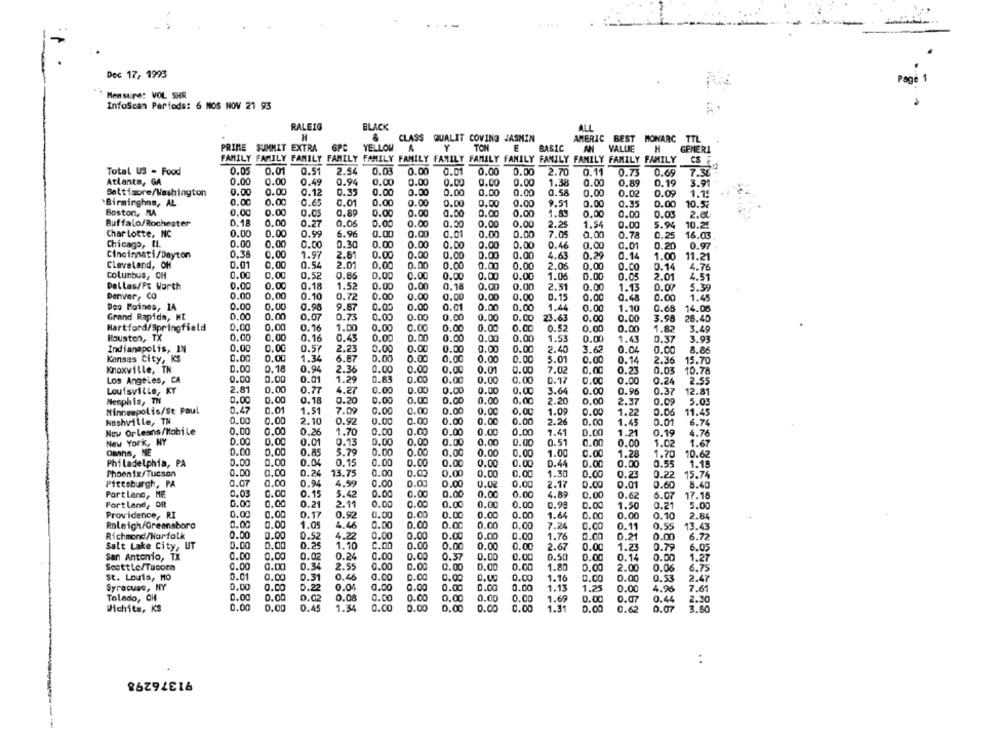
.....
Dec 17, 1993
Page
Mensure: VOL SHR
Infoscan Periods: 6 MOS NOV 21 93
RALEIG
BLACK
ALL
H
&
CLASS QUALIT COVING JASMIN
AMERIC BEST MONARC TTL
PRIME SUMMIT EXTRA
GPC
YELLOW
A
Y
TON
E
BASIC
AN
VALLE
H
GENERI
FAMILY FAMILY FAMILY FAMILY FAMILY FAMILY FAMILY FAMILY FANILY FAMILY FAMILY FAMILY FAMILY
CS F
0.05
0.01
0.51
2.54
0.03
0.00
0.01
0.00
Total US - Food
0.00
2.70
0.11
0.73
0.69
7.30
Atlanta, GA
0.00
0.00
0.49
0.94
0.00
0.00
0.00
0.00
0.00
1.38
0.00
0.89
0.19
3.9
Baltimore/Washington
0.00
0.00
0.12
0.35
0.00
0.00
0.00
0.00
0.00
0.58
0.00
0.02
0.09
1.15
0.00
0.00
0.01
.Birmingham, AL
0.65
0.00
0.00
0.00
0.00
0.00
9.51
0.00
0.35
0.00
10.5;
Boston, MA
0.00
0.00
Q.05
0.89
0.00
0.00
0.00
0.00
0.00
0.00
0.00
0.05
2.81
Buffalo/Rochester
0.18
0.00
0.27
0.06
0.00
0.00
0.00
0.00
0.00
2.25
1.54
0.00
5.94
10.25
Charlotte, NC
0.00
0.00
0.99
6.96
0.00
0.00
0.01
0.00
0.00
7.05
0.00
0.78
0.25
16.05
Chicago, IL
0.00
0.00
0.00
0.30
0.00
0.00
0.00
0.00
0.00
0.46
0.00
0.01
0.20
0.97
0.36
Cincinnati/Dayton
0.00
1.97
2.81
0.00
0.00
0.00
0.00
0.00
4.63
0.29
0.14
1.00
11.21
Cleveland, OH
0.01
0.00
0.54
2.01
0.00
0.00
0.00
0.00
0.00
2.06
0.00
0.00
0.14
4.76
Columbus, OH
0.00
0.00
0.52
0.85
0.00
0.00
0.00
0.00
0.00
1.06
0.00
0.05
2.01
4.51
Dallas/Ft Worth
0.00
0.00
0.18
1.52
0.00
0.00
0.18
0.00
0.00
2.51
0.00
1.13
0.07
5.39
Denver, CO
0.00
0.00
0.10
0.72
0.00
0.00
0.00
0.00
0.00
0.15
0.00
0.48
0.00
1.45
Des Moines, 14
0.00
0.00
0.98
9.87
0.00
0.00
0.01
0.00
0.00
1.44
0.00
1.10
0.68
14.06
Grand Rapids, HE
0.00
0.00
0.07
0.73
0.00
0.00
0.00
0.00
0.CO
23.63
0.00
0.00
3.98
28.40
Hartford/Springfield
0.00
0.00
0.00
0.00
0.52
0.00
3.49
0.16
1.00
0.00
0.00
0.00
0.00
1.82
Houston, TX
0.00
0.00
0.16
0.45
0.00
0.00
0.00
0.00
0.00
1.53
0.00
1.43
0.37
3.91
Indianapolis, IN
0.00
0.00
0.57
2.23
0.00
0.00
0.00
0.00
0.00
2.40
3.62
0.04
0.00
8.86
0.00
1.34
Kansas City, KS
0.00
6.87
0.00
0.00
0.00
0.00
0.00
5.01
0.00
0.14
2.36
15.70
Knoxville, TN
0.00
0.18
0.94
2.36
0.00
0.00
0.00
0.01
0.00
7.02
0.00
0.23
0.03
10.70
0.00
0.00
0.01
1.29
0.65
0.00
0.00
Los Angeles, CA
0.00
0.00
D.17
0.00
0.00
0.24
2.55
Louisville, KY
2.81
0.00
0.77
4.27
0.00
0.00
0.00
0.00
0.00
3.6
0.00
0.96
0.37
12.81
Memphis, TH
0.00
0.00
0.18
0.20
0.00
0.00
0.00
0.00
0.00
2.20
0.00
2.37
0.09
5.0
0.01
7.00
0.00
Minneapolis/St Paul
0.47
1.51
0.00
0.00
0.00
0.00
1.09
0.00
1.22
0.06
11.45
Nashville, TN
0.00
0.00
2.10
0.92
0.00
0.00
0.00
0.00
0.00
2.26
0.00
1.45
0.01
6.74
New Orleans/Mobile
0.00
0.00
0.26
1.70
0.00
0.00
0.00
0.00
0.00
1.41
0.00
1.21
0.19
4.76
New York, NY
0.00
0.00
0.01
0.13
0.00
0.00
0.00
0.00
0.00
0.51
0.00
0.00
1.02
1.67
Omaha, NE
0.00
0.00
0.85
5.79
0.00
0.00
0.00
0.00
0.00
1.00
0.00
1.28
1.70
10.62
Philadelphia, PA
0.00
0.04
0.15
0.00
0.00
0.00
0.00
0.00
D.44
0.00
0.00
0.55
1.18
Phoenix/Tucson
0.00
0.00
0.24
13.75
0.00
0.00
0.00
0.00
0.00
1.30
0.00
0.23
0.22
15.74
0.07
0.00
0.94
4.59
0.00
0.00
0.00
0.02
0.00
8.40
Pittsburgh, PA
2.17
0.00
0.01
0.60
PortLang, ME
0.03
0.00
0.15
5.42
0.00
0.00
0.00
0.00
0.00
4.85
0.00
0.62
6.07
17.18
Portland, OR
0.00
0.00
0.21
2.11
0.00
0.00
0.00
0.00
0.00
0.90
0.00
1.50
0.21
5.00
0.00
0.00
Providence, RI
0.17
0.92
0.00
0.00
0.00
0.00
0.00
1.64
0.00
0.00
0.10
2.84
Raleigh/Greensboro
0.00
0.00
1.05
4.46
0.00
0.00
0.00
0.00
0.00
7.24
0.00
0.11
0.55
13.43
Richmond/Norfolk
0.00
0.00
0.52
4.22
0.00
0.00
0.00
0.00
1.76
6.77
0.00
0.00
0.21
0.00
Salt Lake City, UT
0.00
0.00
0.25
1.10
C.00
0.00
0.00
0.00
0.00
2.67
0.00
1.23
0.79
6.05
San Antonio, TX
0.00
0.00
0.02
0.24
0.00
0.00
0.37
0.00
0.00
0.50
0.00
0.14
0.00
1.27
0.00
0.00
ScottLe/Tacona
0.34
2.55
0.00
0.00
0.00
0.00
1.80
0.00
2.00
0.06
6.75
st. Louis, MO
0.01
0.00
0.31
0.46
0.00
0.00
0.00
0.00
1.16
0.00
0.00
0.53
2.47
0.00
0.00
0.22
0.04
0.00
0.00
0.00
0.00
0.00
1.13
1.25
0.00
4.96
7.6
Syracuse, NY
Toledo, OH
0.00
0.00
0.02
0.08
0.00
0.00
0.00
0.00
0.00
1.69
0.00
0.07
0.44
2.20
Wichits, KS
0.00
0.00
0.45
1.34
0.00
0.00
0.00
0.00
0.00
1.31
0.00
0.62
0.07
3.50
:
91376298